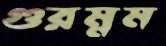
গুরম্নম